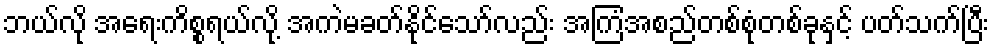
ဘယ်လို အရေးကိစ္စရယ်လို့ အကဲမခတ်နိုင်သော်လည်း အကြံအစည်တစ်စုံတစ်ခုနှင့် ပတ်သက်ပြီး